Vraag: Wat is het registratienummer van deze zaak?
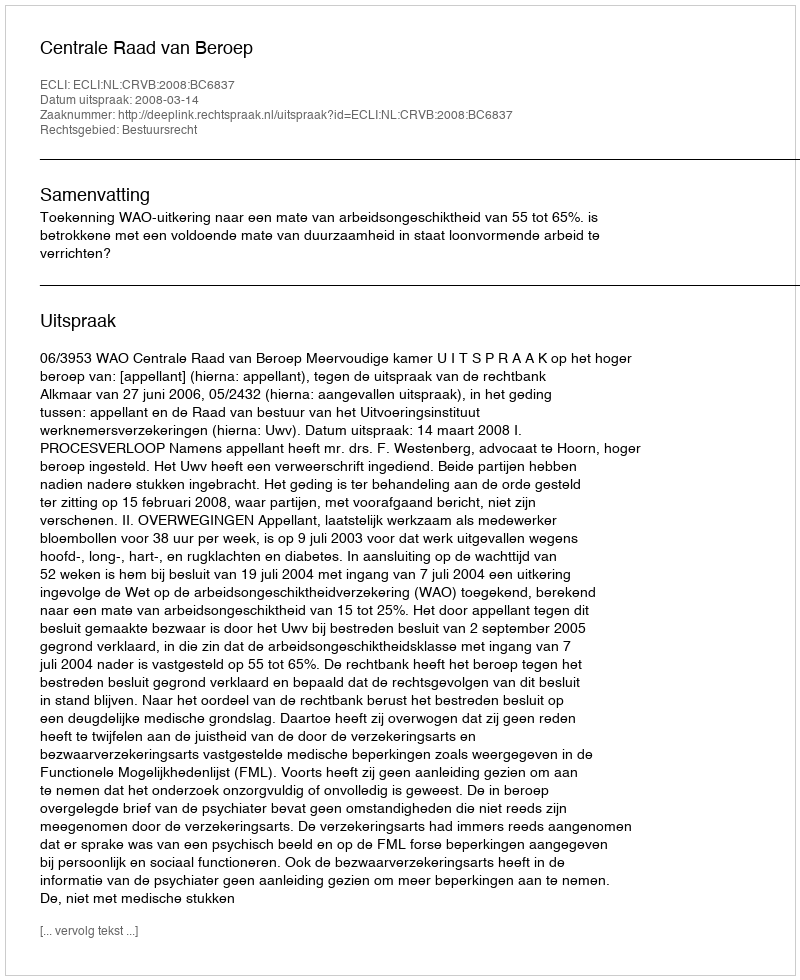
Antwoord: http://deeplink.rechtspraak.nl/uitspraak?id=ECLI:NL:CRVB:2008:BC6837